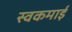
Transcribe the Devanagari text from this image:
स्वकमाई